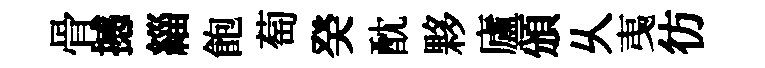
骨撼緇飽萄癸酖夥廬頒乆𢎯彷